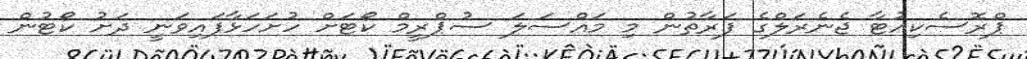
ޕްރޮސެކިއުޓާ ޖެނެރަލްގެ ފަރާތުން މި މައްސަލަ ސުޕްރީމް ކޯޓަށް ހުށަހަޅާފައިވަނީ ދަށު ކޯޓުން